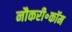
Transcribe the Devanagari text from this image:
नौकरी॰कॉम